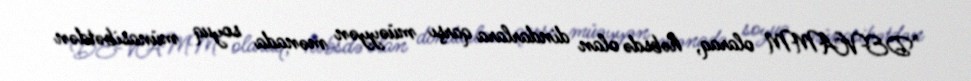
"DEVAMM olaraq, həbsdə olan dindarlara qarşı müəyyən mənada soyuq münasibətdən